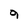
Character: 9